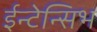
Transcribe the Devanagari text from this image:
ईन्टेन्सिभ